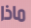
ماذا